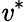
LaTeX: \mathit{v}^{\ast}